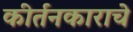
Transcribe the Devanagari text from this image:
कीर्तनकाराचे